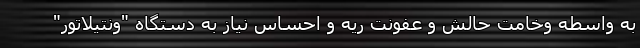
به واسطه وخامت حالش و عفونت ریه و احساس نیاز به دستگاه "ونتیلاتور"